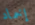
إخماد